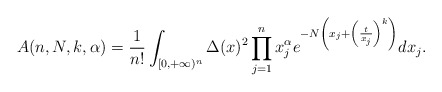
\begin{align*}A(n,N,k,\alpha)=\frac{1}{n!}\int_{[0,+\infty)^n}\Delta(x)^2 \prod_{j=1}^n x_j^\alpha e^{-N\left(x_j+\left(\frac{t}{x_j}\right)^k\right)}dx_j.\end{align*}